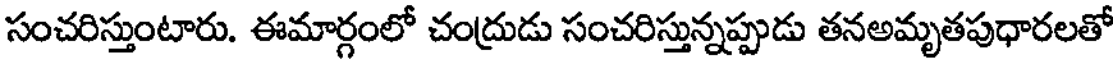
సంచరిస్తుంటారు. ఈమార్గంలో చంద్రుడు సంచరిస్తున్నప్పుడు తనఅమృతపుధారలతో